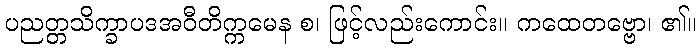
ပညတ္တသိက္ခာပဒအဝီတိက္ကမေန စ၊ ဖြင့်လည်းကောင်း။ ကထေတဗ္ဗော၊ ၏။